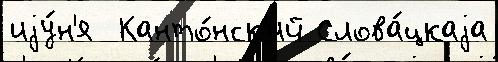
иjу́н'я  Канто́нск'ий Слова́цкаjа